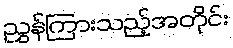
ညွှန်ကြားသည့်အတိုင်း